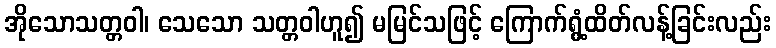
အိုသောသတ္တဝါ၊ သေသော သတ္တဝါဟူ၍ မမြင်သဖြင့် ကြောက်ရွံ့ထိတ်လန့်ခြင်းလည်း